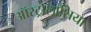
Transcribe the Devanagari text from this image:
ऑस्ट्रालासिया